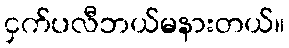
ငှက်ပလီဘယ်မနားတယ်။